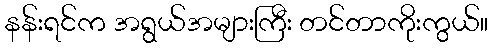
နန်းရင်က အရွယ်အများကြီး တင်တာကိုးကွယ်။